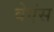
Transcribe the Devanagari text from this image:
वेएंस